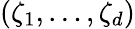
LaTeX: (\zeta_{1},\ldots,\zeta_{d})